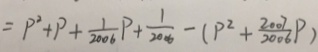
= P ^ { 2 } + P + \frac { 1 } { 2 0 0 6 } P + \frac { 1 } { 2 0 0 6 } - ( P ^ { 2 } + \frac { 2 0 0 7 } { 2 0 0 6 } P )